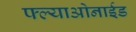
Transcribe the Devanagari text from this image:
फ्ल्याओनाईड